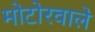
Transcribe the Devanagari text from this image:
मोटोरवाले